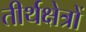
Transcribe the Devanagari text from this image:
तीर्थक्षेत्रों